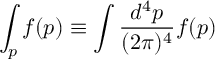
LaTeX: \int _ { p } f ( p ) \equiv \int \frac { d ^ { 4 } p } { ( 2 \pi ) ^ { 4 } } f ( p )